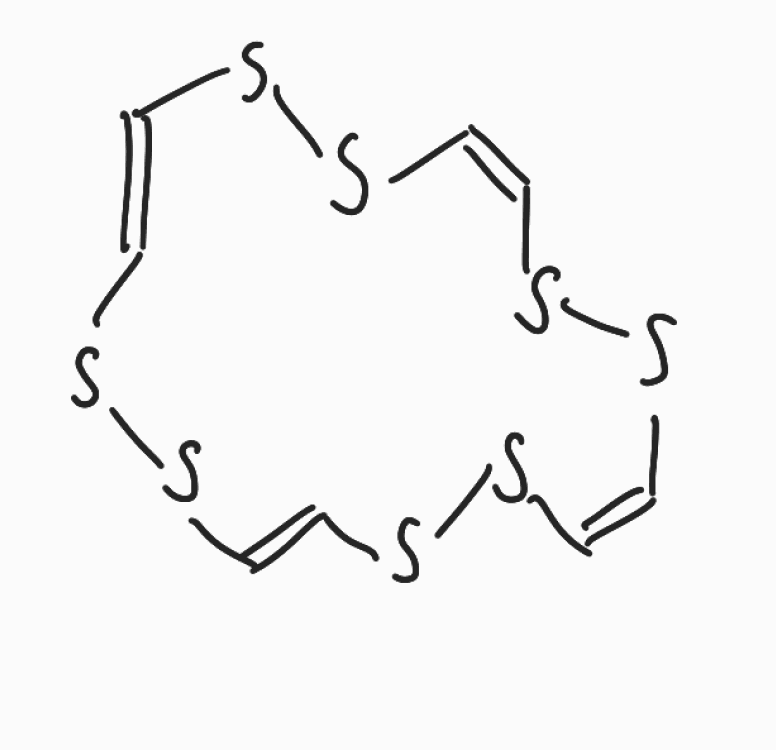
Simplified molecular-input line-entry system (SMILES) notation of the given molecule:
C\1=C/SS/C=C\SS/C=C\SS/C=C/SS1